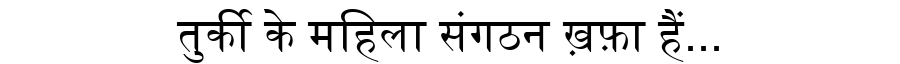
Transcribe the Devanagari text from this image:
तुर्की के महिला संगठन ख़फ़ा हैं...